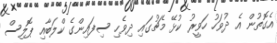
އެގޮތުން އެ ދުވަހު ހަވީރު ކުޅޭ މެޗުގައި ދިވެހި ސިފައިންގެ ކްލަބާއި ޕޮލިސް